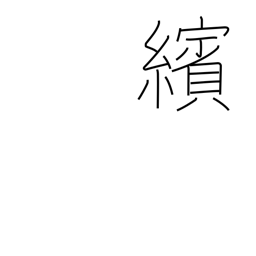
Meaning: scattering